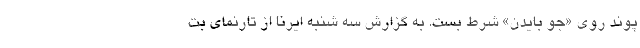
پوند روی «جو بایدن» شرط بست. به گزارش سه شنبه ایرنا از تارنمای بت